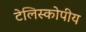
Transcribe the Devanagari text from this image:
टेलिस्कोपीय